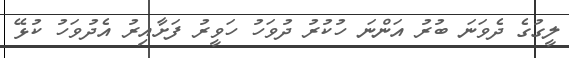
ލީގުގެ ދެވަނަ ބުރު އަންނަ ހުކުރު ދުވަހު ހަވީރު ފަށާއިރު އެދުވަހު ކުޅޭ